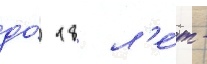
до́ 18 л'е́т -